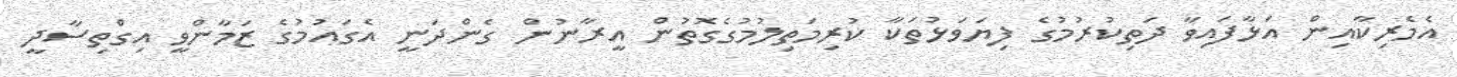
އެމެރިކާއިން އަޅާފައިވާ ދަތިކުރުމުގެ ފިޔަވަޅުތަކާ ކުރިމަތިލުމުގެގޮތުން އީރާނުން ގެންދަނީ އެގައުމުގެ ޒަމާންވީ އިގްތިސާދީ